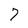
Character: 7